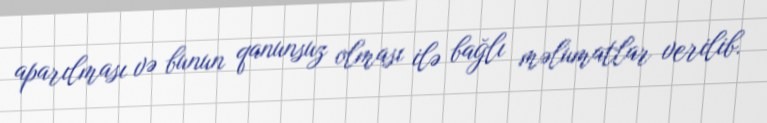
aparılması və bunun qanunsuz olması ilə bağlı məlumatlar verilib.